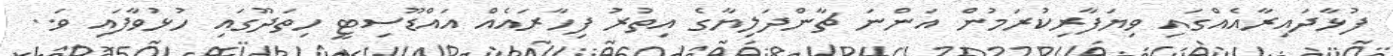
ފުޅާދައިރާއެއްގައި ވިޔަފާރިކުރަމުން އަންނަ ޗާންދަލިޔާގެ އިތުރު ފިހާރައެއް އައްޑޫސިޓީ ހިތަދޫގައި ހުޅުވާފައި ވަ..